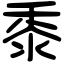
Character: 黍